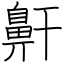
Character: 鼾